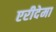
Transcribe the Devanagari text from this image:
एरीदेमा